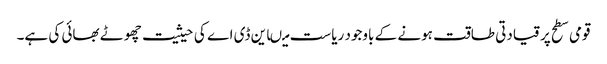
قومی سطح پر قیادتی طاقت ہونے کے باوجود ریاست میںاین ڈی اے کی حیثیت چھوٹے بھائی کی ہے۔